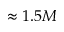
\approx 1 . 5 M